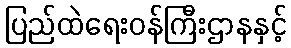
ပြည်ထဲရေးဝန်ကြီးဌာနနှင့်